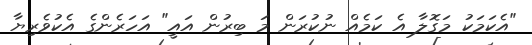
"އެކަމަކު މަގޮލާ އެ ކަމެއް ނުކުރަން މަ ބިރުން އައީ" އަހަރެންގެ އެކުވެރިޔާ